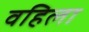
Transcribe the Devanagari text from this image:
वहिला